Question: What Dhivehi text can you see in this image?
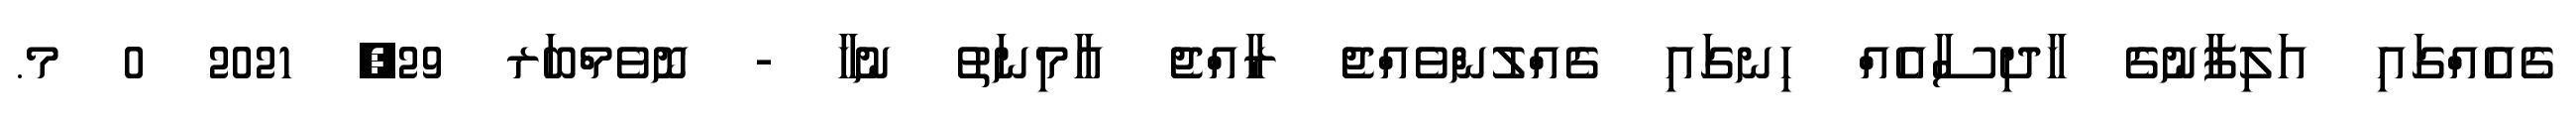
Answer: ގެއެއްގައި އަލިފާނުގެ ހާދިސާއެއް ހިނގައި ގެއްލުންވެއްޖެ ރާއްޖެ އާމިނަތު ނުހާ - ނޮވެމްބަރ 29, 2021 0 މ.